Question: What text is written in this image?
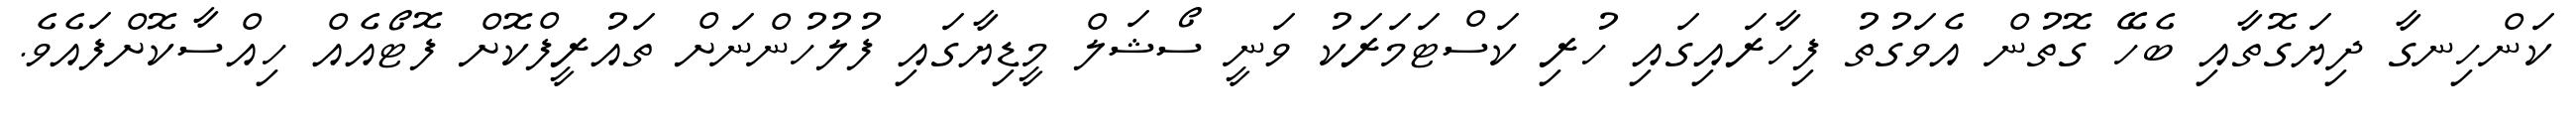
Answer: ކަންހިނގާ ދިޔަގޮތާއި ބެހޭ ގޮތުން އެވަގުތު ފިހާރައިގައި ހުރި ކަސްޓަމަރަކު ވަނީ ސޯޝަލް މީޑިޔާގައި ފުލުހުންނަށް ތައުރީފްކޮށް ފޮޓޯއެއް ހިއްސާކޮށްފައެވެ.